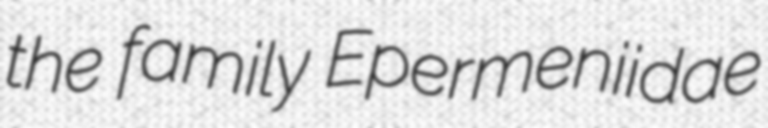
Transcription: the family Epermeniidae